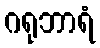
ဂရုဘာရံ